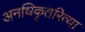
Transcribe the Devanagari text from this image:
अनधिकृतरित्या